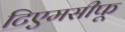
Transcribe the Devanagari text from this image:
टिएमसीफू